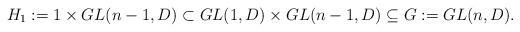
LaTeX: \begin{align*} H_1:=1\times GL(n-1,D)\subset GL(1,D)\times GL(n-1,D)\subseteq G:=GL(n,D). \end{align*}